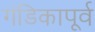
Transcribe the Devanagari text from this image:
गंडिकापूर्व